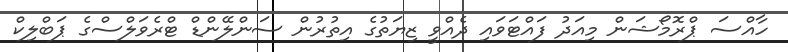
ހާއްސަ ޕްރޮމޯޝަން މިއަދު ފައްޓަވައި ދެއްވީ ޒިޔަތުގެ އިތުރުން ސަންލޭންޑް ޓްރެވަލްސްގެ ޕަބްލިކް